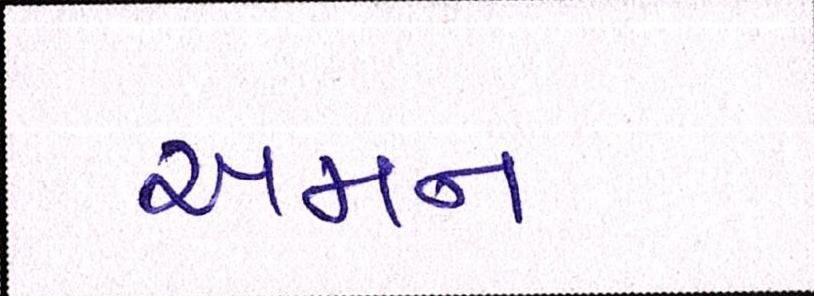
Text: અમન